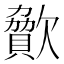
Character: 𣤥